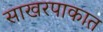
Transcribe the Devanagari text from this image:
साखरपाकात